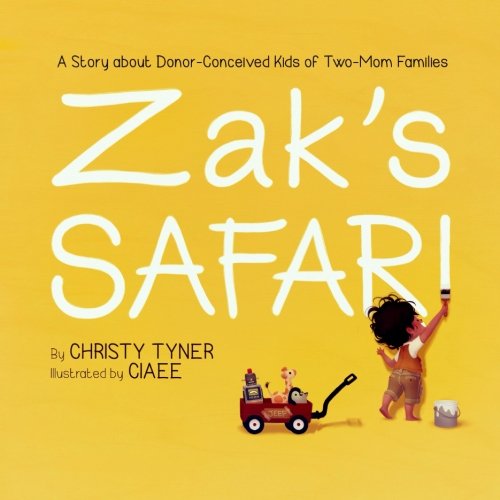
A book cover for Zak's Safari: A Story about Donor-Conceived Kids of Two-Mom Families; Christy Tyner; Gay & Lesbian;